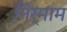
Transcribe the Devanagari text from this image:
निर्माम